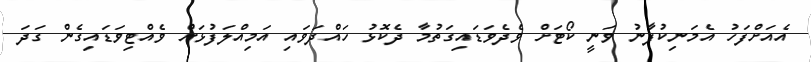
އެއަށްފަހު އެމަނިކުފާނު ވަނީ ކޯޓަށް ވެދެވަޑައިގަތުމާ ދެކޮޅު ހައްދަވައި އަމިއްލަފުޅަށް ވެއްޓިވަޑައިގެން ގަދަ